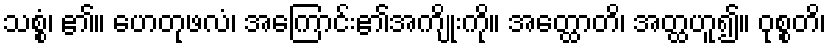
သစ္စံ၊ ၏။ ဟေတုဖလံ၊ အကြောင်း၏အကျိုးကို။ အတ္ထောတိ၊ အတ္ထဟူ၍။ ဝုစ္စတိ၊